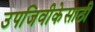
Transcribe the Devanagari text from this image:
उपजिवीकेसाठी